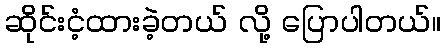
ဆိုင်းငံ့ထားခဲ့တယ် လို့ ပြောပါတယ်။